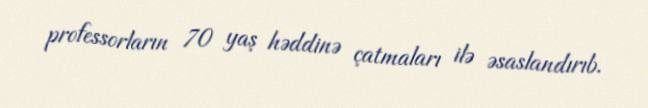
professorların 70 yaş həddinə çatmaları ilə əsaslandırıb.